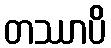
တဿာပိ